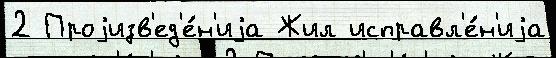
2 Проjизв'ед'е́н'иjа Жил исправл'е́н'иjа